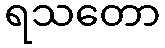
ရသတော